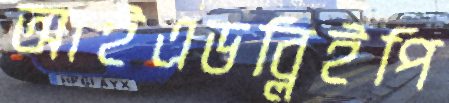
আইএডব্লিইপি